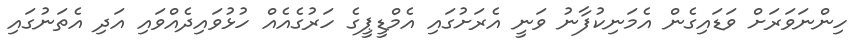
ހިންނަވަރަށް ވަޑައިގެން އެމަނިކުފާނު ވަނީ އެރަށުގައި އެމްޑީޕީގެ ހަރުގެއެއް ހުޅުވައިދެއްވައި އަދި އެތަނުގައި